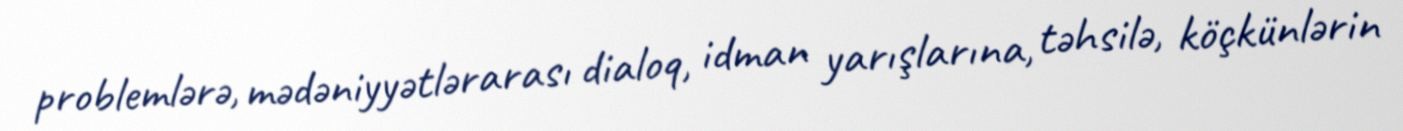
problemlərə, mədəniyyətlərarası dialoq, idman yarışlarına, təhsilə, köçkünlərin